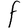
Character: F